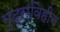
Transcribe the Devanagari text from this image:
मुद्राविहीन